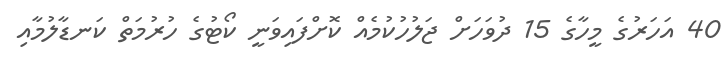
40 އަހަރުގެ މީހާގެ 15 ދުވަހަށް ޖަލުހުކުމެއް ކޮށްފައިވަނީ ކޯޓުގެ ހުރުމަތް ކަނޑާލުމާއި